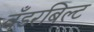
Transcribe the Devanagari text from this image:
वँडरबिल्ट